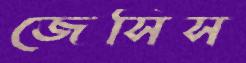
জেসিস